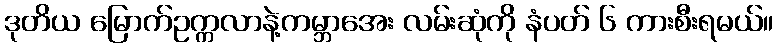
ဒုတိယ မြောက်ဥက္ကလာနဲ့ကမ္ဘာအေး လမ်းဆုံကို နံပတ် ၆ ကားစီးရမယ်။